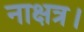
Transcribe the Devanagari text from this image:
नाक्षत्र।